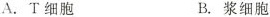
A.T细胞 B.浆细胞